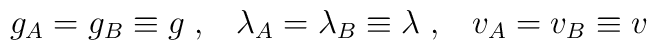
g_A = g_B \equiv g \; , \;\;\;    \lambda_A = \lambda_B \equiv \lambda \; , \;\;\;    v_A = v_B \equiv v